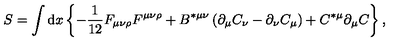
S = \int \mathrm { d } x \left\{ - \frac { 1 } { 1 2 } F _ { \mu \nu \rho } F ^ { \mu \nu \rho } + B ^ { * \mu \nu } \left( \partial _ { \mu } C _ { \nu } - \partial _ { \nu } C _ { \mu } \right) + C ^ { * \mu } \partial _ { \mu } C \right\} ,